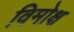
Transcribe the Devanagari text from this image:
विमोक्ष